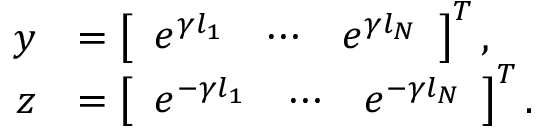
\begin{array} { r l } { \boldsymbol { y } } & { = \left[ \begin{array} { l l l } { e ^ { \gamma l _ { 1 } } } & { \cdots } & { e ^ { \gamma l _ { N } } } \end{array} \right] ^ { T } , } \\ { \boldsymbol { z } } & { = \left[ \begin{array} { l l l } { e ^ { - \gamma l _ { 1 } } } & { \cdots } & { e ^ { - \gamma l _ { N } } } \end{array} \right] ^ { T } . } \end{array}